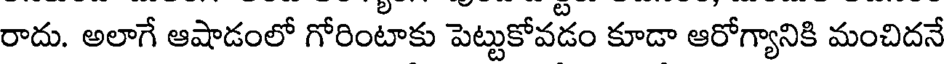
రాదు. అలాగే ఆషాడంలో గోరింటాకు పెట్టుకోవడం కూడా ఆరోగ్యానికి మంచిదనే